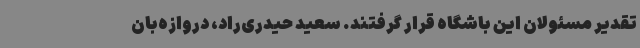
تقدیر مسئولان این باشگاه قرار گرفتند. سعید حیدری‌راد، دروازه‌بان